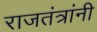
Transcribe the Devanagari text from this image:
राजतंत्रांनी